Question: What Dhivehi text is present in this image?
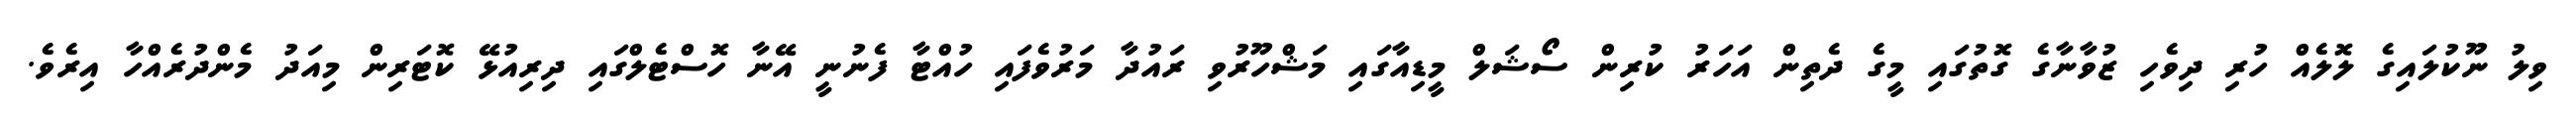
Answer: ވިލު ނޫކުލައިގެ ލޮލެއް ހުރި ދިވެހި ޒުވާނާގެ ގޮތުގައި މީގެ ދެތިން އަހަރު ކުރިން ސޯޝަލް މީޑިއާގައި މަޝްހޫރުވި ރައުދާ މަރުވެފައި ހުއްޓާ ފެނުނީ އޭނާ ހޮސްޓެލްގައި ދިރިއުޅޭ ކޮޓަރިން މިއަދު މެންދުރެއްހާ އިރެވެ.